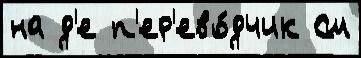
на д'е п'ер'ево́дчик См